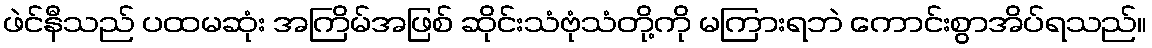
ဖဲင်နီသည် ပထမဆုံး အကြိမ်အဖြစ် ဆိုင်းသံဗုံသံတို့ကို မကြားရဘဲ ကောင်းစွာအိပ်ရသည်။